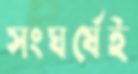
সংঘর্ষেই